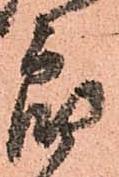
郎